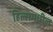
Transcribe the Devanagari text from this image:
हिल्समधील